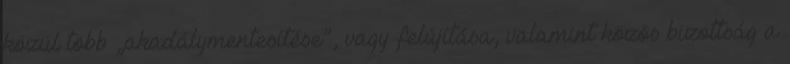
közül több „akadálymentesítése”, vagy felújítása, valamint közös bizottság a